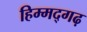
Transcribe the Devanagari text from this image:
हिम्मद्गढ़